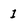
Character: I